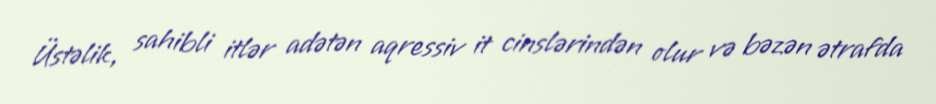
Üstəlik, sahibli itlər adətən aqressiv it cinslərindən olur və bəzən ətrafda